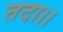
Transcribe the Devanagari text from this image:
तदा।।